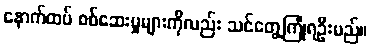
နောက်ထပ် စစ်ဆေးမှုများကိုလည်း သင်တွေ့ကြုံရဦးမည်။